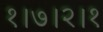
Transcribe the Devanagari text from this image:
१।७।२।१